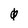
Character: 0